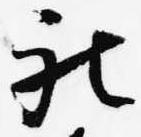
被